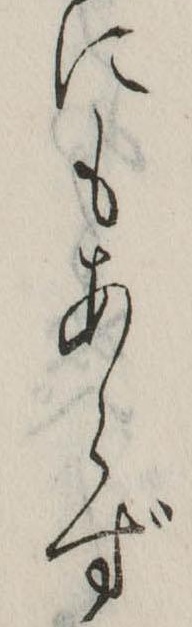
にもあらず